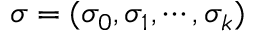
\sigma = ( \sigma _ { 0 } , \sigma _ { 1 } , \cdots , \sigma _ { k } )